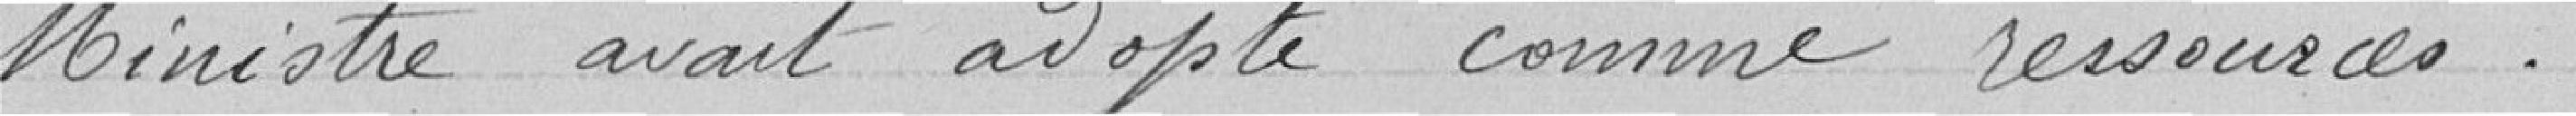
Ministre avait adopté comme ressources.